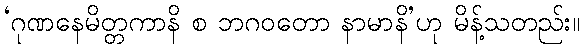
‘ဂုဏနေမိတ္တကာနိ စ ဘဂဝတော နာမာနိ’ဟု မိန့်သတည်း။